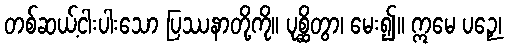
တစ်ဆယ့်ငါးပါးသော ပြဿနာတို့ကို။ ပုစ္ဆိတွာ၊ မေး၍။ ဣမေ ပဉှေ၊